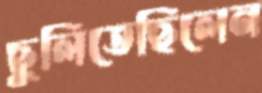
ছুলিতেছিলেন